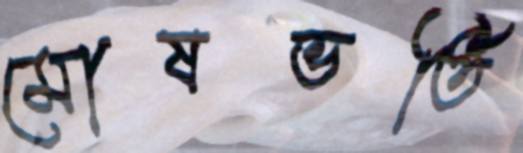
মোষভর্তি